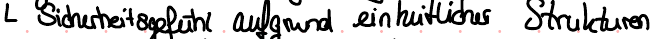
Sicherheitsgefühl aufgrund einheitlicher Strukturen